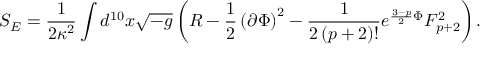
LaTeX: S _ { E } = \frac { 1 } { 2 \kappa ^ { 2 } } \int d ^ { 1 0 } x \sqrt { - g } \left( R - \frac { 1 } { 2 } \left( \partial \Phi \right) ^ { 2 } - \frac { 1 } { 2 \left( p + 2 \right) ! } e ^ { \frac { 3 - p } { 2 } \Phi } F _ { p + 2 } ^ { 2 } \right) .